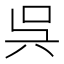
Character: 呉